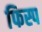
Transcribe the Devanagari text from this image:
फिस्प